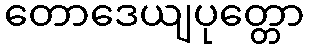
တောဒေယျပုတ္တော